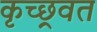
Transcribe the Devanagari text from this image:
कृच्छ्रवत